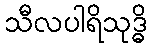
သီလပါရိသုဒ္ဓိ